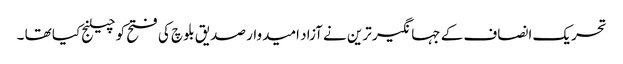
تحریک انصاف کے جہانگیر ترین نے آزاد امیدوار صدیق بلوچ کی فتح کو چیلنج کیا تھا ۔